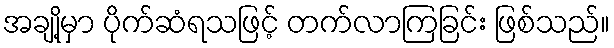
အချို့မှာ ပိုက်ဆံရသဖြင့် တက်လာကြခြင်း ဖြစ်သည်။